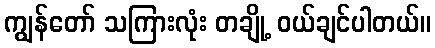
ကျွန်တော် သကြားလုံး တချို့ ဝယ်ချင်ပါတယ်။